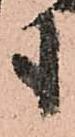
も